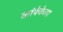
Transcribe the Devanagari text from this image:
कांपेचेच्या